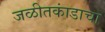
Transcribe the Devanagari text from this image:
जळीतकांडाचा